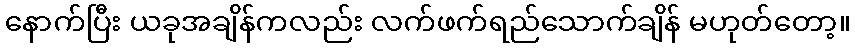
နောက်ပြီး ယခုအချိန်ကလည်း လက်ဖက်ရည်သောက်ချိန် မဟုတ်တော့။